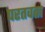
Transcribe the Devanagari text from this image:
परतवता